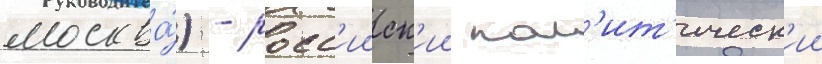
москва́) - росс'ииск'ии пол'ит'ическ'ии